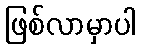
ဖြစ်လာမှာပါ